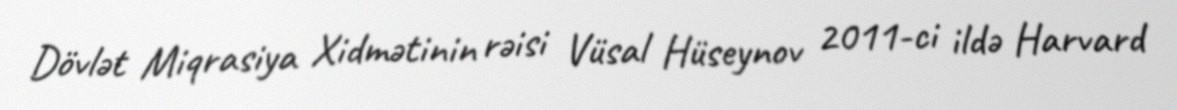
Dövlət Miqrasiya Xidmətinin rəisi Vüsal Hüseynov 2011-ci ildə Harvard